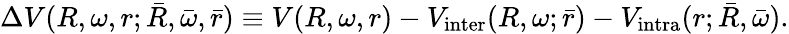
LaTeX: \Delta V(R,\omega,r;\bar{R},\bar{\omega},\bar{r})\equiv V(R,\omega,r)-V_{\mathrm{inter}}(R,\omega;\bar{r})-V_{\mathrm{intra}}(r;\bar{R},\bar{\omega}).